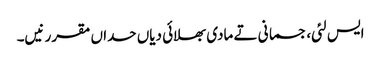
ایس لئی، جسمانی تے مادی بھلائی دیاں حداں مقرر نیں۔